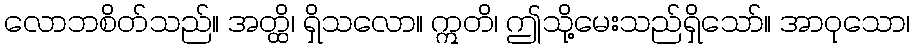
လောဘစိတ်သည်။ အတ္ထိ၊ ရှိသလော။ ဣတိ၊ ဤသို့မေးသည်ရှိသော်။ အာဝုသော၊